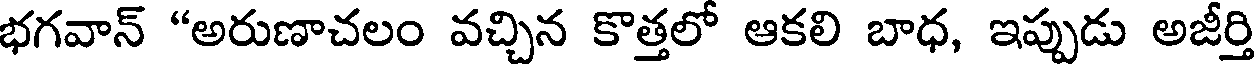
భగవాన్ "అరుణాచలం వచ్చిన కొత్తలో ఆకలి బాధ, ఇప్పుడు అజీర్తి